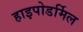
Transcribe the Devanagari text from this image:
हाइपोडर्मिल